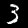
Label: 3